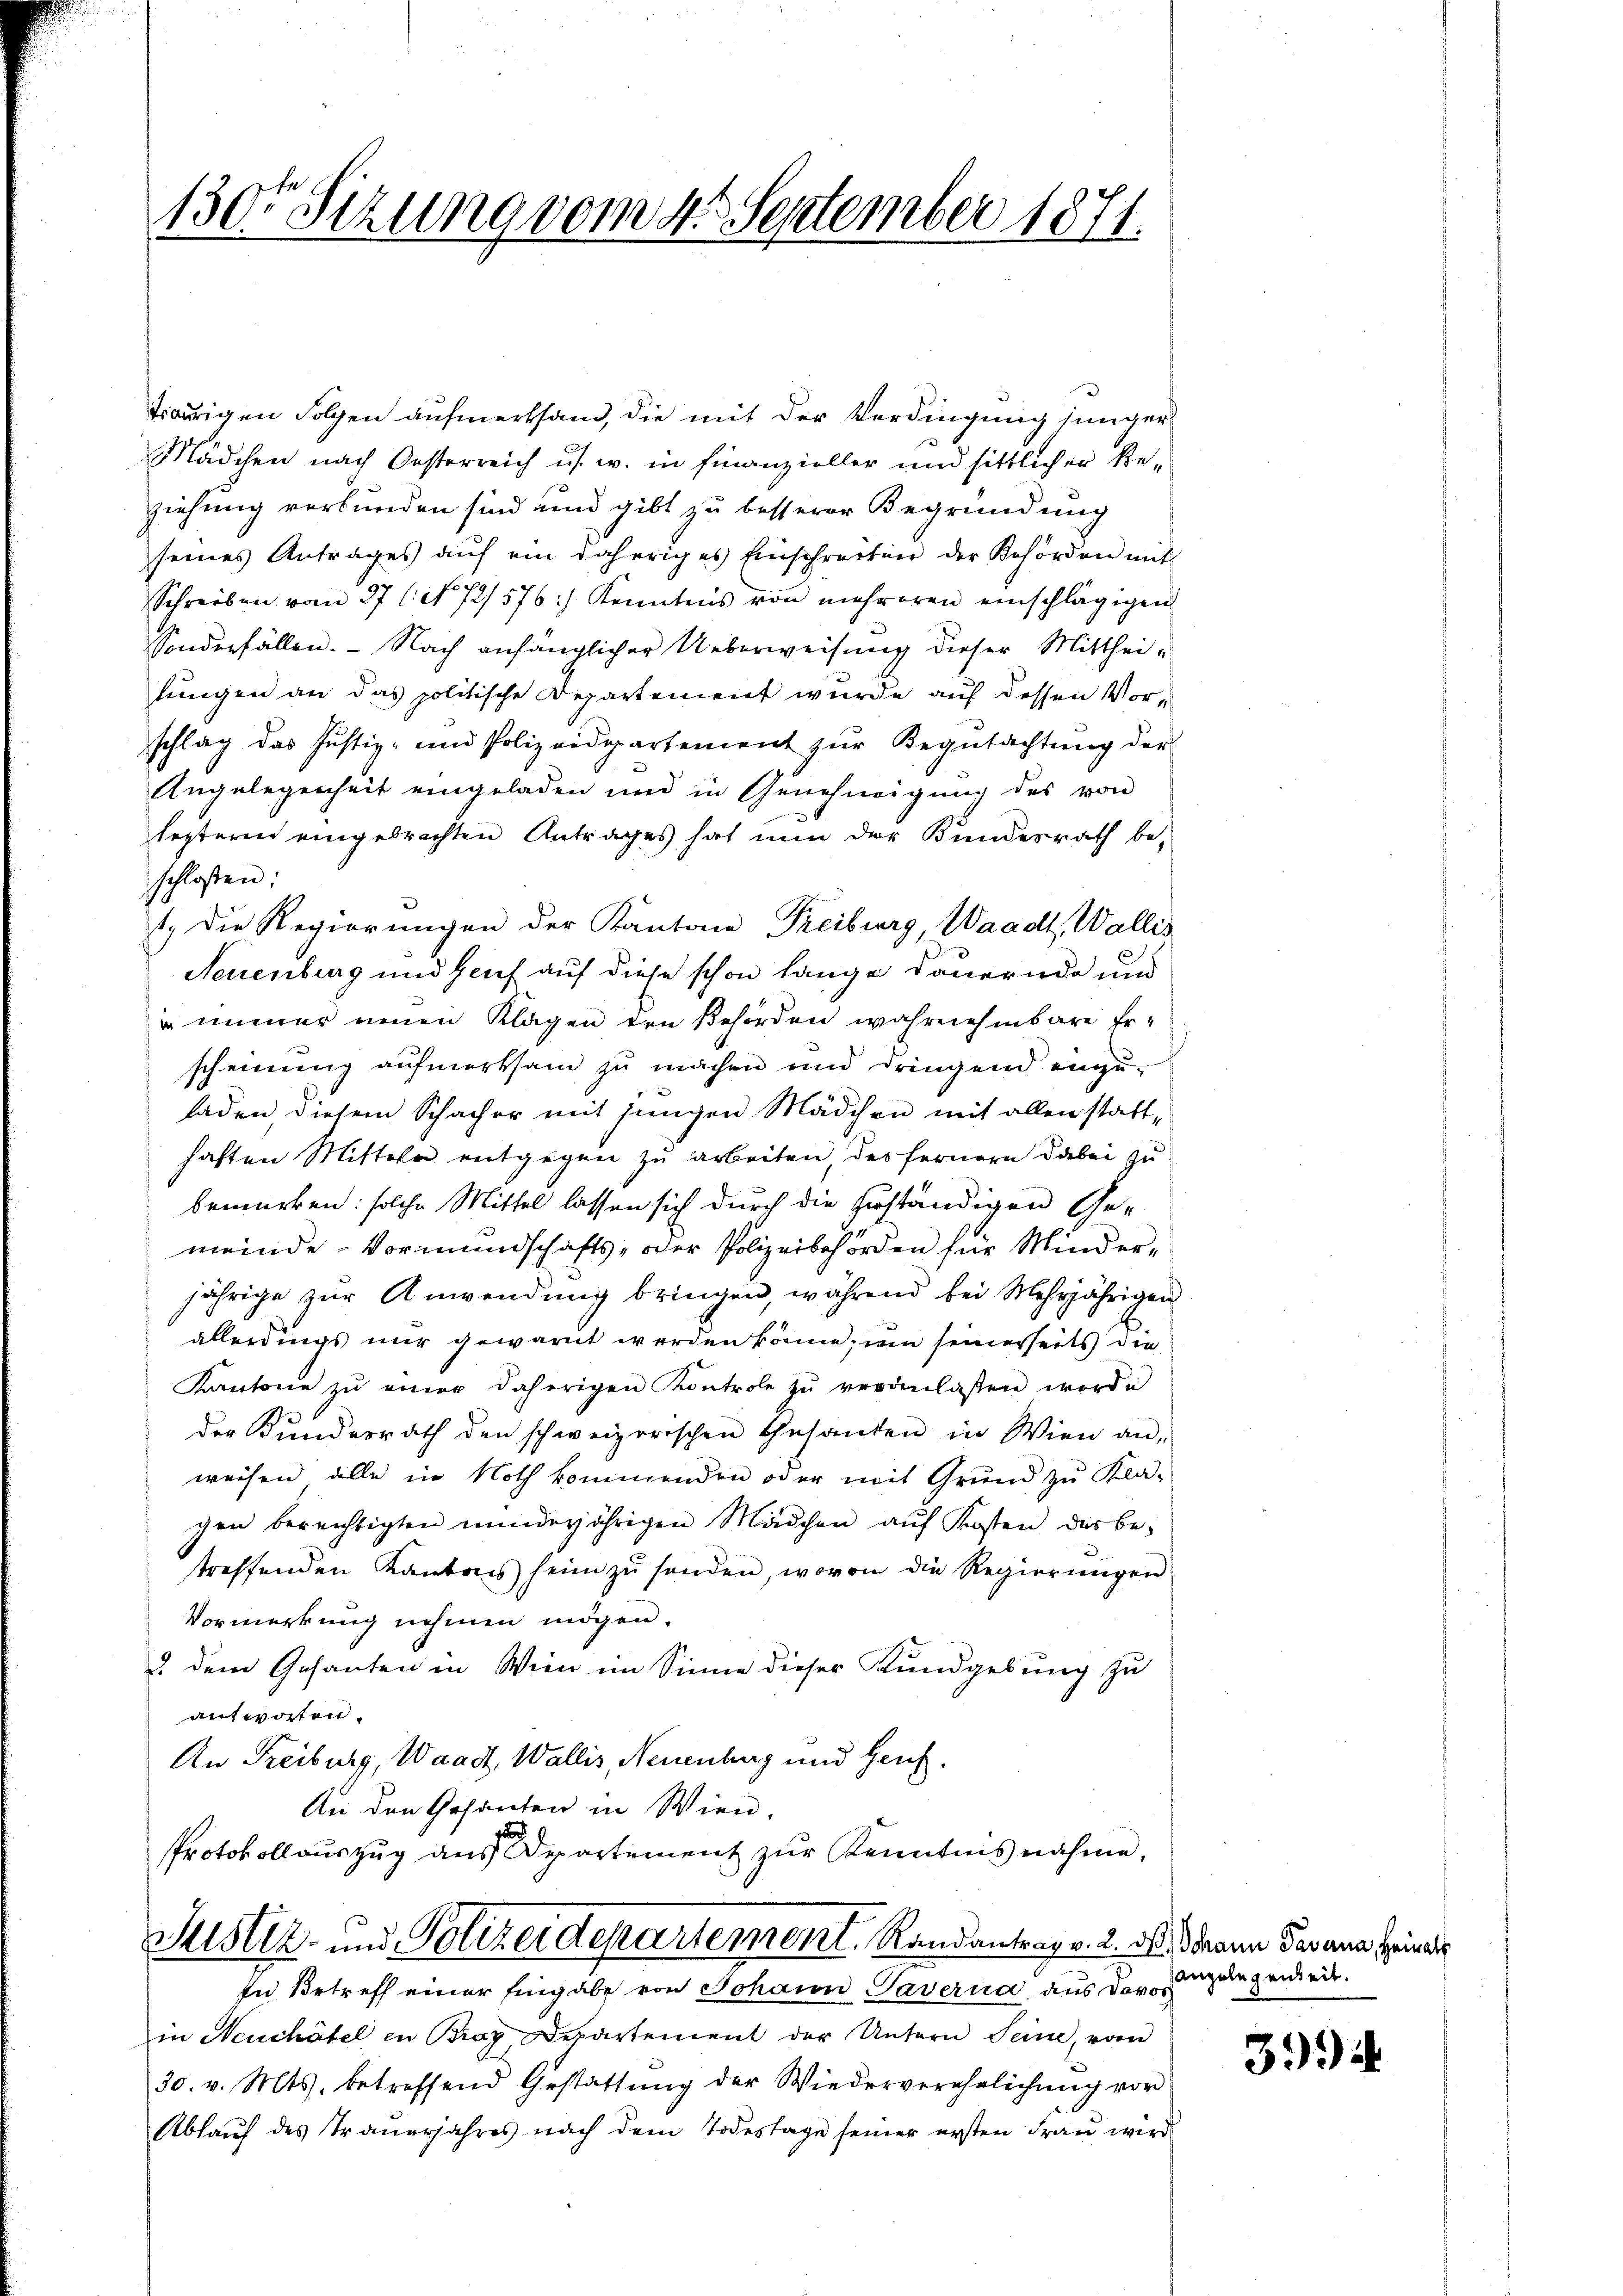
1300 Sizung vom 4. September 1871.

traurigen Folgen aufmerksam, die mit der Verdingung junger
Mädchen nach Oesterreich us. w. in Finanzieller und sittlicher Beziehung verbunden sind und gibt zu besserer Begründung
seines Antrages auf ein daheriges Einschreiten der Behörden mit
Schreiben vom 27 l. No 72/576) Kenntnis von mehreren einschlägigen
Sonderfällen. - Nach anfänglicher Ueberweisung dieser Mittheilungen an das politische Departement wurde auf dessen Vorschlag das Justiz- und Polizeidepartement zŭr Begŭtachtŭng der
Angelegenheit eingeladen und in Genehmigung des von
lezteren eingebrachten Antrages hat nun der Bundesrath be-
schloßen:
1.) Die Regierungen der Kantone Freiburg, Waadt, Wallis
Neuenburg und Genf auf diese schon lange Dauernde und
u immer neuen Klagen den Behörden wahrnehmbare Erscheinung aufmerksam zu machen und dringend einzu-
haden, diesem Schacher mit jungen Mädchen mit allen statthaften Mitteln entgegen zu arbeiten, des fernern dabei zu
bemerken: solche Mittel lassen sich durch die herständigen Ge-
meinde Vormundschafts- oder Polizeibehörden für Minder-
jährige zur Anwendung bringen, während bei Mehrjährigen
allerdings nur gewarnt werden könne, um seinerseits die
Kantone zŭ einer daherigen Kontrole zŭ veranlassen worde
der Bundesrath den schweizerischen Gesanden in Wien an-
weisen alle in Noth kommenden oder mit Grund zu Kla-
gen bereichtigten minderjährigen Mädchen aŭf Kosten des be-
treffenden Kantons heim zŭ senden, wovon die Regierŭngen
Vormerkung nehmen mögen.
u dem Gesanten in Wien im Sinne dieser Kundgebung zu
antworten.
An Freiburg, Waadt, Wallis, Neuenburg und Heuch.
An den Gesanten in Wien.
Protokollauszug aus Departement zur Kenntnis nahme,

Justiz- und Polizeidepartement, Randantrag v. 2. d. Mann Gasans Privat
In Betreff einer Eingabe von Johann Taverna aus Davos

in Neuchâtel in Bray Departement der Untern Seine, vom
30. v. Mts. betreffend Gestattung der Wiederverehelichung vor
Ablauf des Trauerjahres nach dem Todestage seiner ersten Frau wird

angelegenheit.

3994